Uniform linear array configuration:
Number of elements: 8
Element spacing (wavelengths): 0.5
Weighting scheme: hamming
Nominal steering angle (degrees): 60
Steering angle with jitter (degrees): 58.135
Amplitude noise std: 0.05
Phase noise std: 0.05

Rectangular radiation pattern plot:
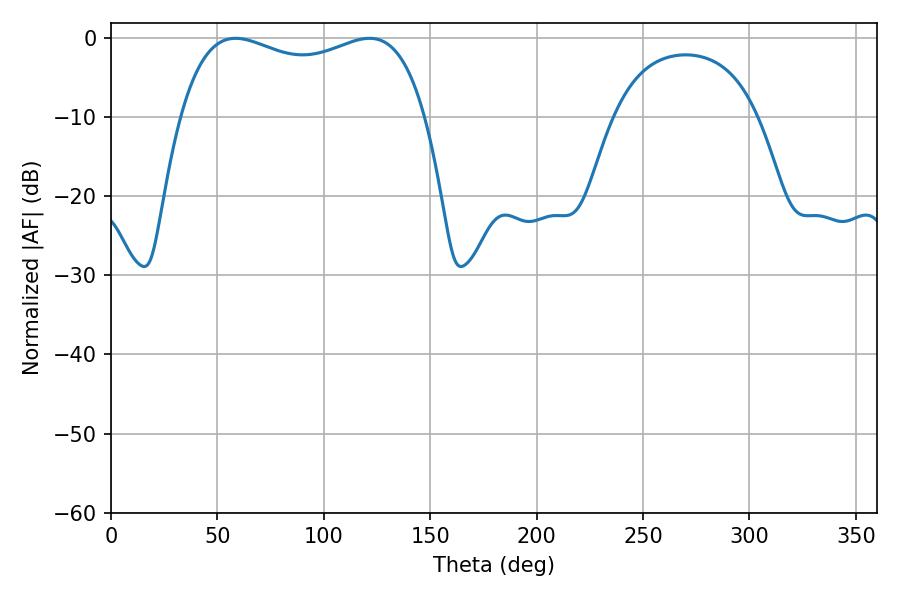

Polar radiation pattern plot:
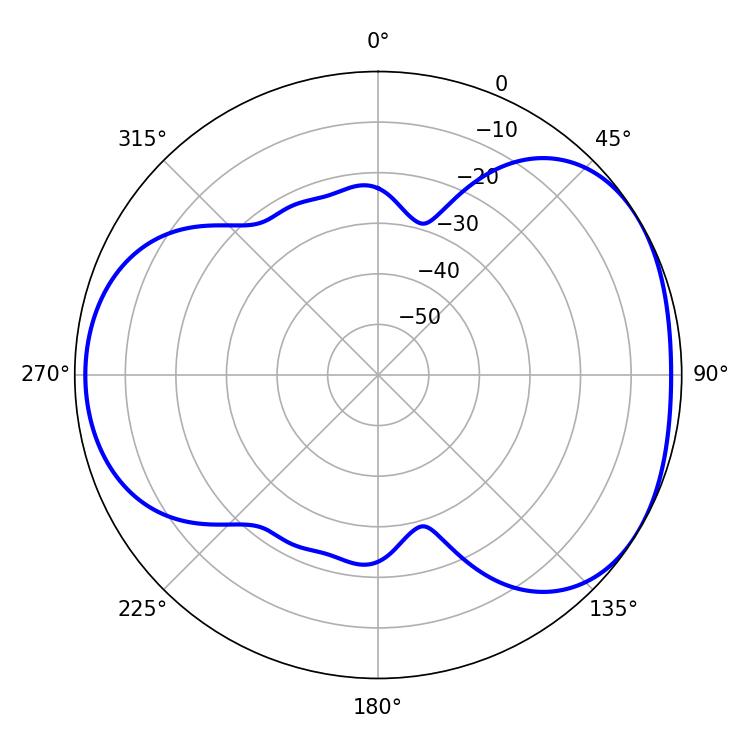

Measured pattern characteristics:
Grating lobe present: FALSE
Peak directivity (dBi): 4.26
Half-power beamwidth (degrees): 94.32
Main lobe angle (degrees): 121.5